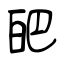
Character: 皅